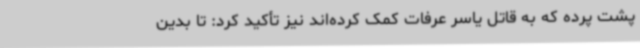
پشت پرده که به قاتل یاسر عرفات کمک کرده‌اند نیز تأکید کرد: تا بدین